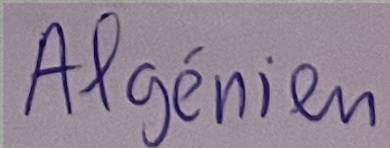
Algérien